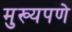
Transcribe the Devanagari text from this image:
मुख्यपणे